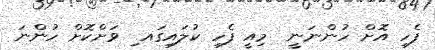
ފެހި އޮށް ހުންނަނީ  މިއީ ފެހި ކުލައިގައ ި ވަށްކޮށް ހުންނަ